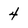
Character: 4